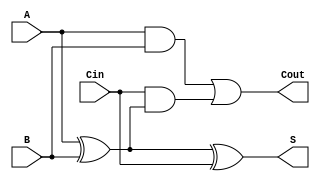
module FullAdder (
    input wire A,     // First input bit
    input wire B,     // Second input bit
    input wire Cin,   // Carry-in bit
    output wire S,    // Sum output
    output wire Cout  // Carry-out output
);

// Internal wires for intermediate calculations
wire X1;           // Intermediate sum from A and B
wire AB;           // AND output of A and B
wire Cin_X1;      // AND output of Cin and (A XOR B)

// XOR gate for sum calculation
assign X1 = A ^ B; // First XOR gate: X1 = A XOR B
assign S = X1 ^ Cin; // Second XOR gate: S = X1 XOR Cin

// AND gates for carry-out calculation
assign AB = A & B; // AND gate: AB = A AND B
assign Cin_X1 = Cin & X1; // AND gate: Cin_X1 = Cin AND (A XOR B)

// OR gate for carry-out
assign Cout = AB | Cin_X1; // OR gate: Cout = AB OR (Cin AND (A XOR B))

endmodule